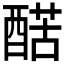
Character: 𨡱